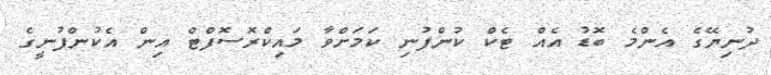
ދުނިޔޭގެ އެންމެ ބޮޑު އެއް ޓެކް ކުންފުނި ކަމަށްވާ މައިކްރޮސޮފްޓް އިން އެކުންފުނީގެ